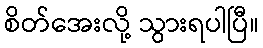
စိတ်အေးလို့ သွားရပါပြီ။